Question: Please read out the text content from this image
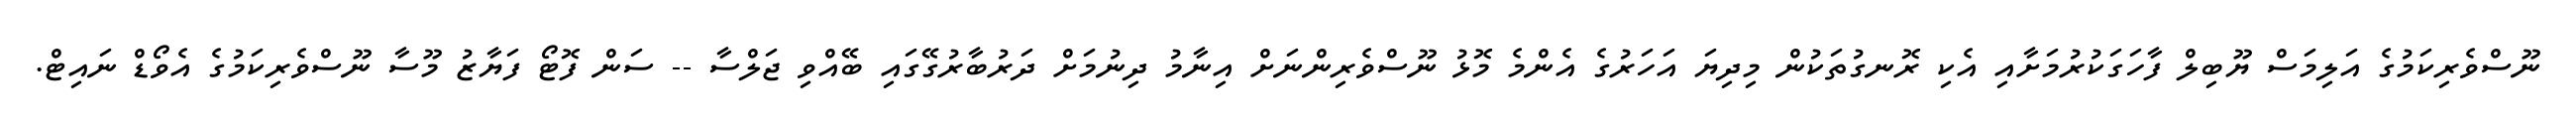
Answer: ނޫސްވެރިކަމުގެ އަލިމަސް ޔޫބިލް ފާހަގަކުރުމަށާއި އެކި ރޮނގުތަކުން މިދިޔަ އަހަރުގެ އެންމެ މޮޅު ނޫސްވެރިންނަށް އިނާމު ދިނުމަށް ދަރުބާރުގޭގައި ބޭއްވި ޖަލްސާ -- ސަން ފޮޓޯ ފަޔާޒު މޫސާ ނޫސްވެރިކަމުގެ އެވޯޑް ނައިޓް.